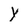
Character: Y